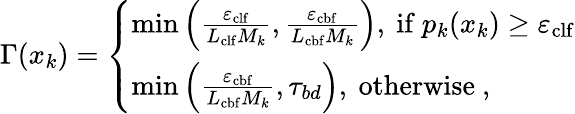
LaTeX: \begin{array}{r}{\Gamma(x_{k})=\left\{ \begin{array}{ll}{\operatorname*{min}\left(\frac{\varepsilon_{\mathrm{clf}}}{L_{\mathrm{clf}}M_{k}},\frac{\varepsilon_{\mathrm{cbf}}}{L_{\mathrm{cbf}}M_{k}}\right),\mathrm{~if~}p_{k}(x_{k})\geq\varepsilon_{\mathrm{clf}}}\\ {\operatorname*{min}\left(\frac{\varepsilon_{\mathrm{cbf}}}{L_{\mathrm{cbf}}M_{k}},\tau_{bd}\right),\mathrm{~otherwise~},}\end{array}\right.}\end{array}